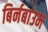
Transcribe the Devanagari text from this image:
बिर्नबाउम